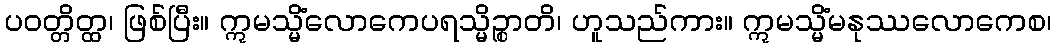
ပဝတ္တိတ္ထ၊ ဖြစ်ပြီး။ ဣမသ္မိံလောကေပရသ္မိဉ္စာတိ၊ ဟူသည်ကား။ ဣမသ္မိံမနုဿလောကေစ၊